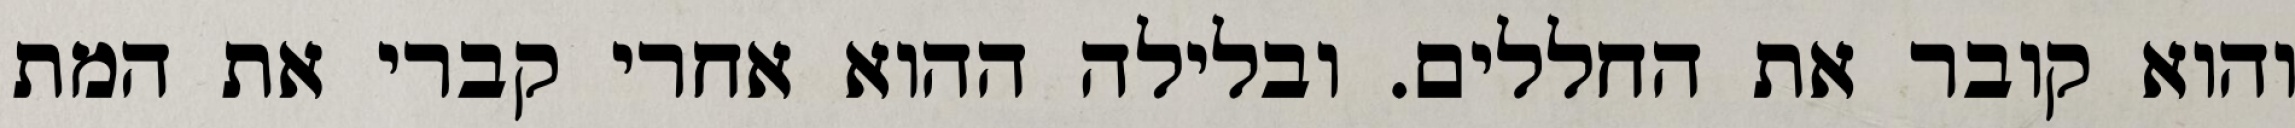
והוא קובר את החללים. ובלילה ההוא אחרי קברי את המת